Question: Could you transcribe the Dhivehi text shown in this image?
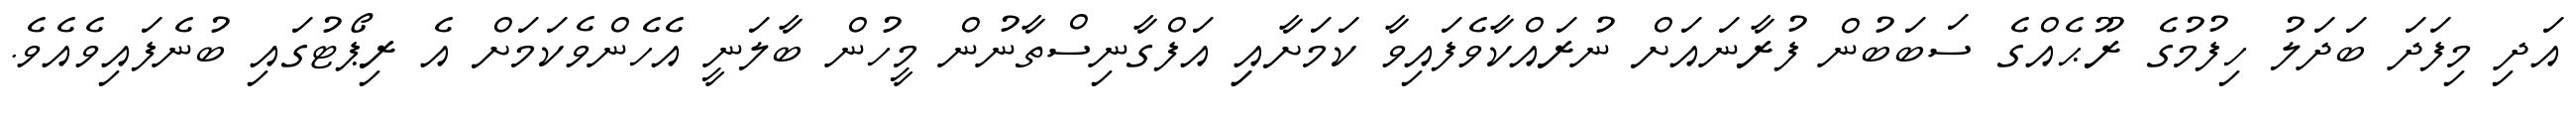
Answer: އަދި މިފަދަ ބަދަލު ހިފުމުގެ ރޫޙެއްގެ ސަބަބުން ފުރާނައަށް ނުރައްކާވެފައިވާ ކަމަށާއިި އަފްގާނިސްތާނުން މީހުން ބާލަނީ އެހެންވެކަމަށް އެ ރިޕޯޓުގައި ބުނެފައިވެއެވެ.